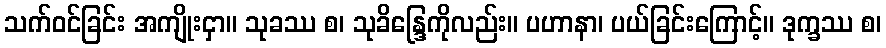
သက်ဝင်ခြင်း အကျိုးငှာ။ သုခဿ စ၊ သုခိန္ဒြေကိုလည်း။ ပဟာနာ၊ ပယ်ခြင်းကြောင့်။ ဒုက္ခဿ စ၊